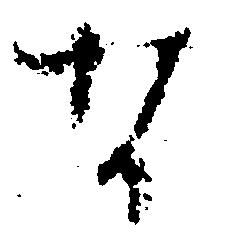
な